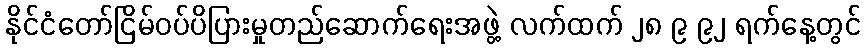
နိုင်ငံတော်ငြိမ်ဝပ်ပိပြားမှုတည်ဆောက်ရေးအဖွဲ့ လက်ထက် ၂၈ ၉ ၉၂ ရက်နေ့တွင်